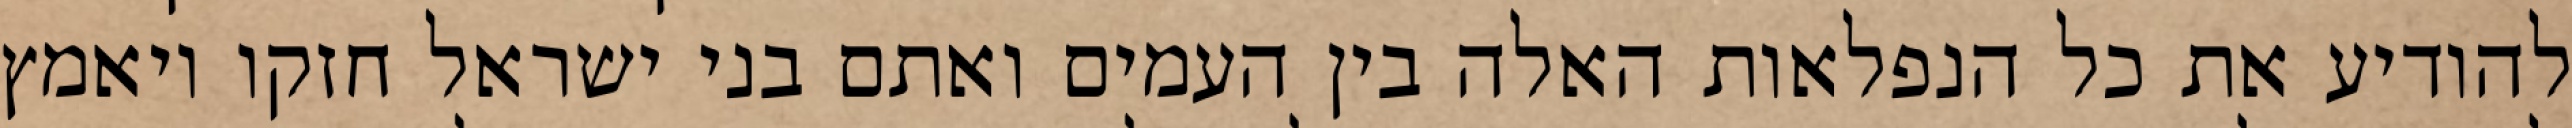
להודיע את כל הנפלאות האלה בין העמים ואתם בני ישראל חזקו ויאמץ